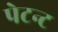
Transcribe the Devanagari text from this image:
पेटन्ट